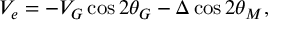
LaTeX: V _ { e } = - V _ { G } \cos 2 \theta _ { G } - \Delta \cos 2 \theta _ { M } ,